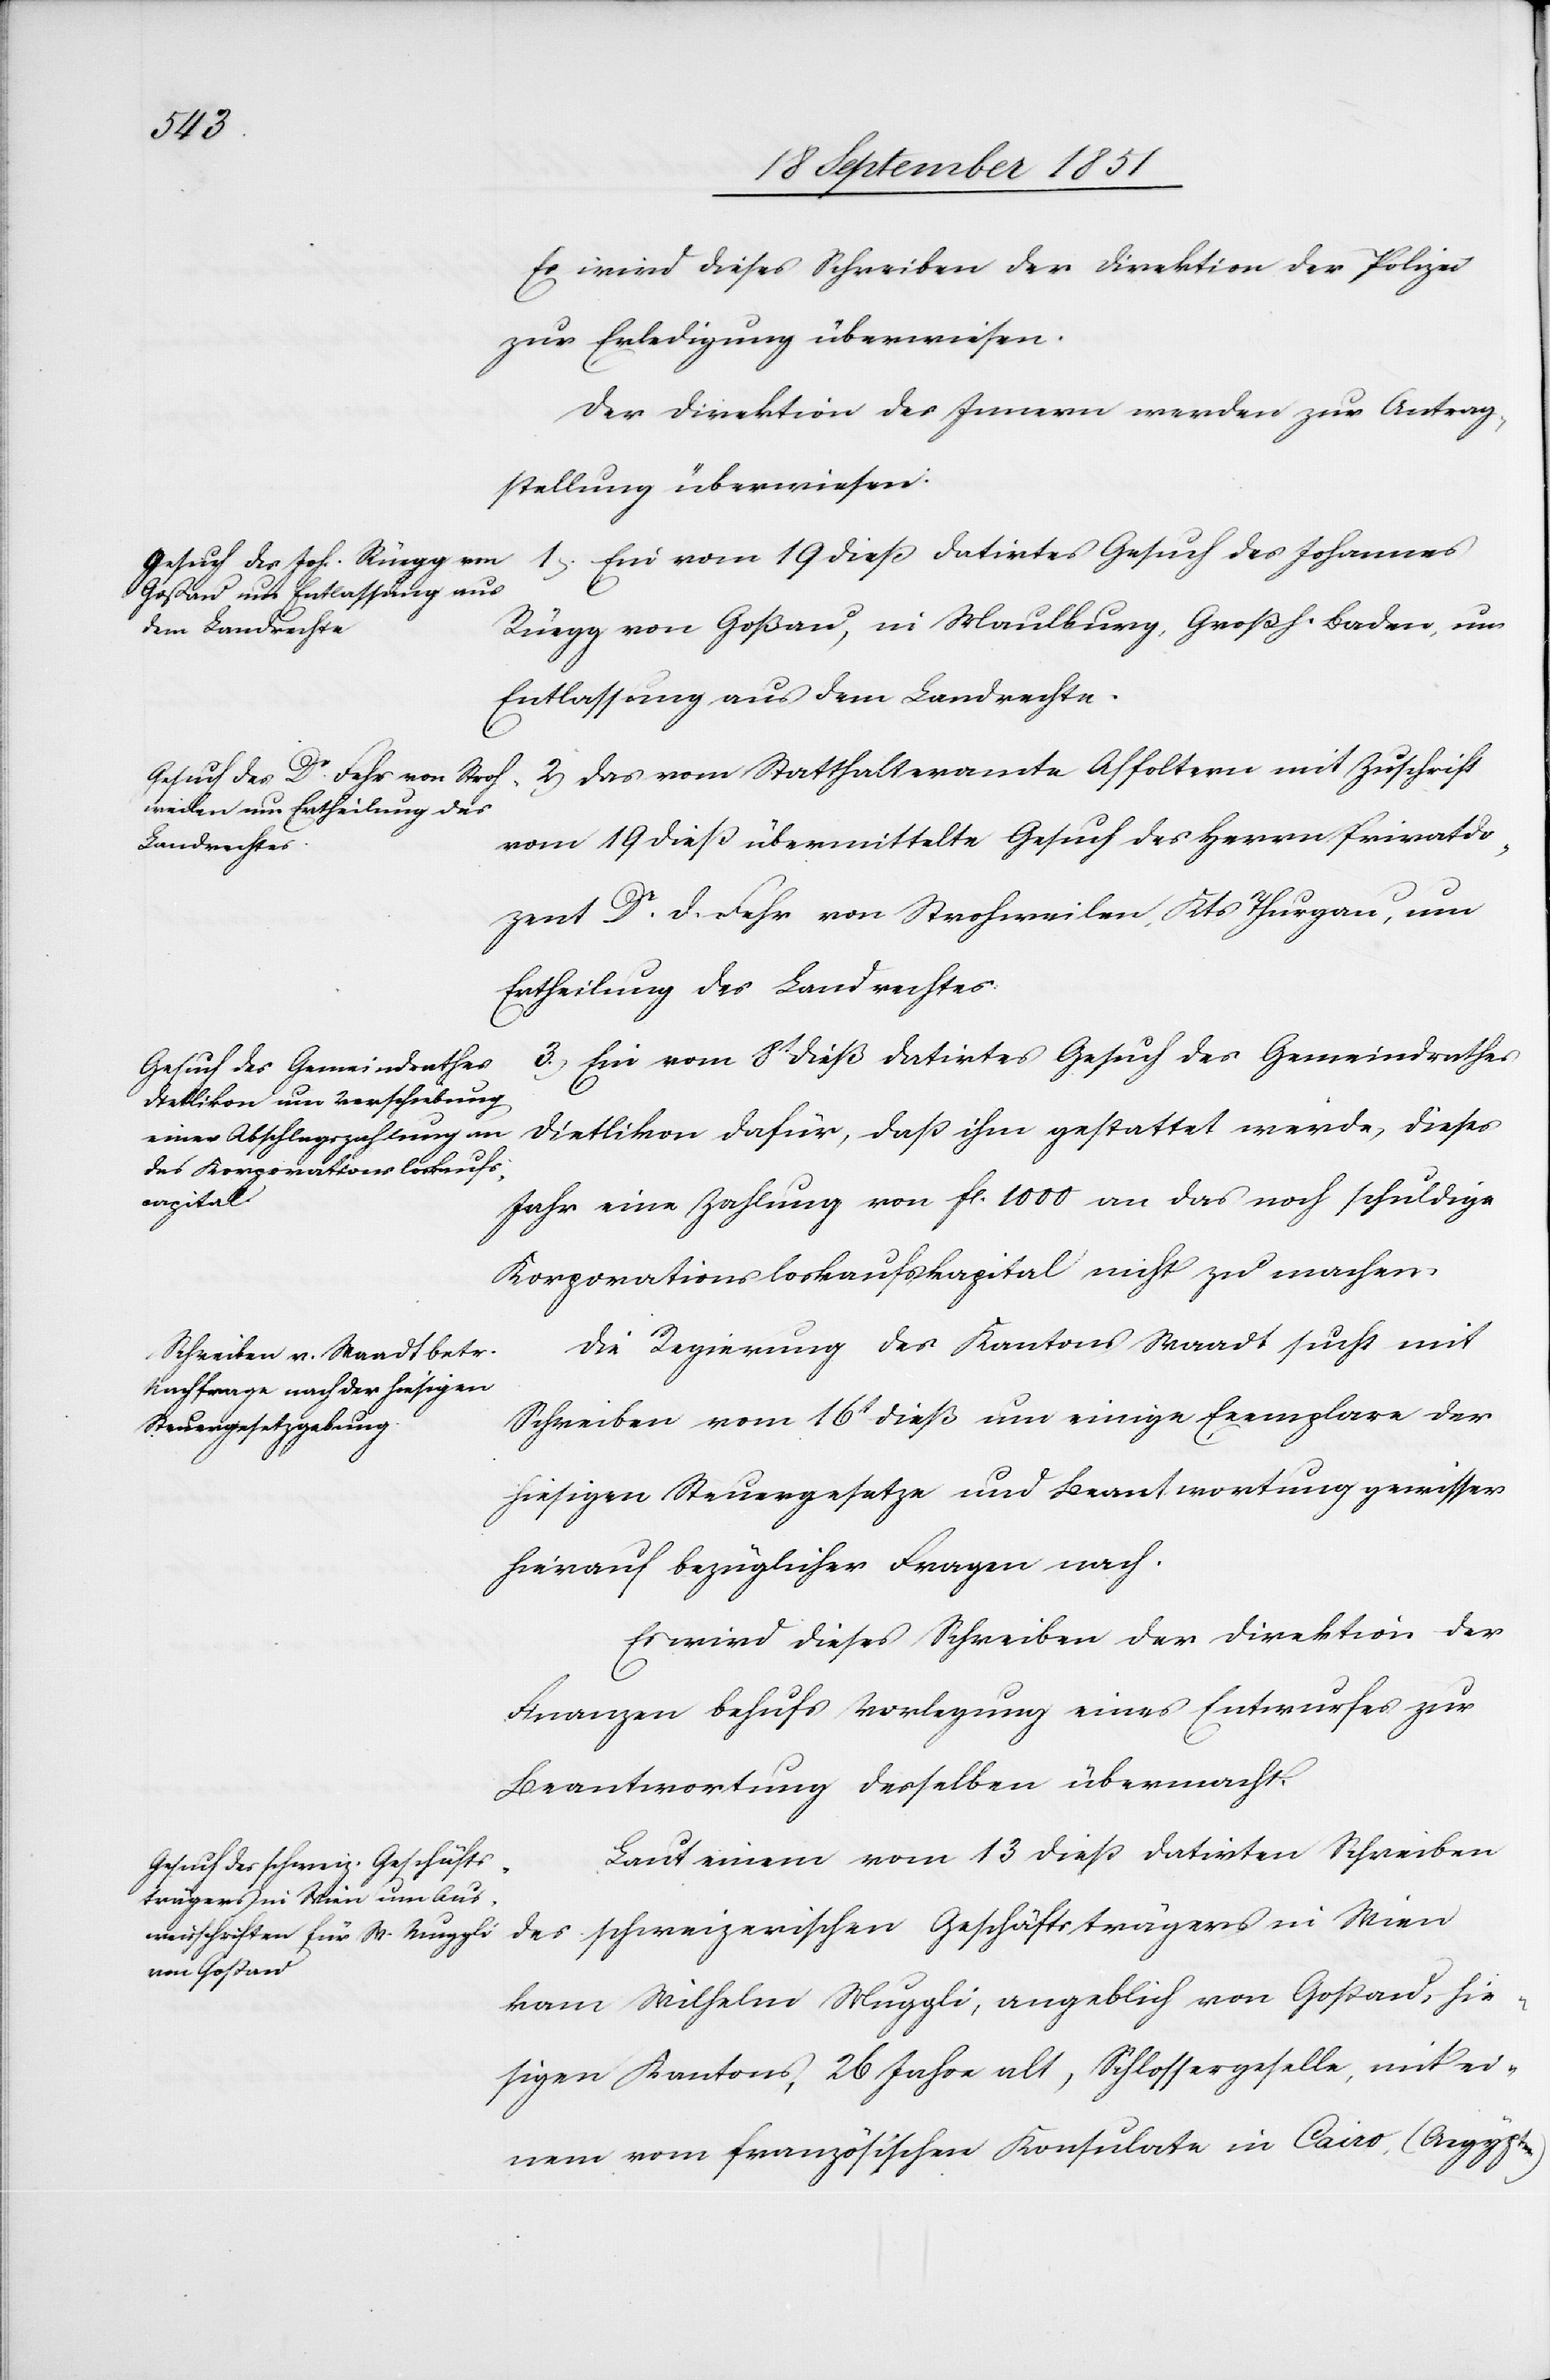
20t September 1851.]
Es wird dieses Schreiben der Direktion der Polizei
zur Erledigung überwiesen.
Der Direktion des Innern werden zur Antrag¬
stellung überwiesen:
1). Ein vom 19 dieß datirtes Gesuch des Johannes
Rüegg von Goßau, in Maulburg, Großh. Baden, um
Entlassung aus dem Landrechte.
vom 19 dieß übermittelte Gesuch des Herrn Privatdo¬
zent Dr. D. Fehr von Strohweilen, Kts Thurgau, um
Ertheilung des Landrechtes.
3.) Ein vom 8t dieß datirtes Gesuch des Gemeindrathes
Dietlikon dafür, daß ihm gestattet werde, dieses
Jahr eine Zahlung von fl. 1000 an das noch schuldige
Korporationsloskaufskapital nicht zu machen.
Die Regierung des Kantons Waadt sucht mit
Schreiben vom 16t dieß um einige Exemplare der
hiesigen Steuergesetze und Beantwortung gewisser
hierauf bezüglicher Fragen nach.
Es wird dieses Schreiben der Direktion der
Finanzen behufs Vorlegung eines Entwurfes zur
Beantwortung desselben übermacht.
Laut einem vom 13 dieß datirten Schreiben
des schweizerischen Geschäftsträgers in Wien
kam Wilhelm Muggli, angeblich von Goßau, hie¬
sigen Kantons, 26 Jahre alt, Schlossergeselle, mit ei¬
nem vom französischen Konsulate in Cairo, (Aegypten)